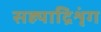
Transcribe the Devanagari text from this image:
सह्याद्रिशृंग